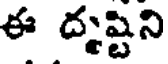
ఈ దృష్టిని